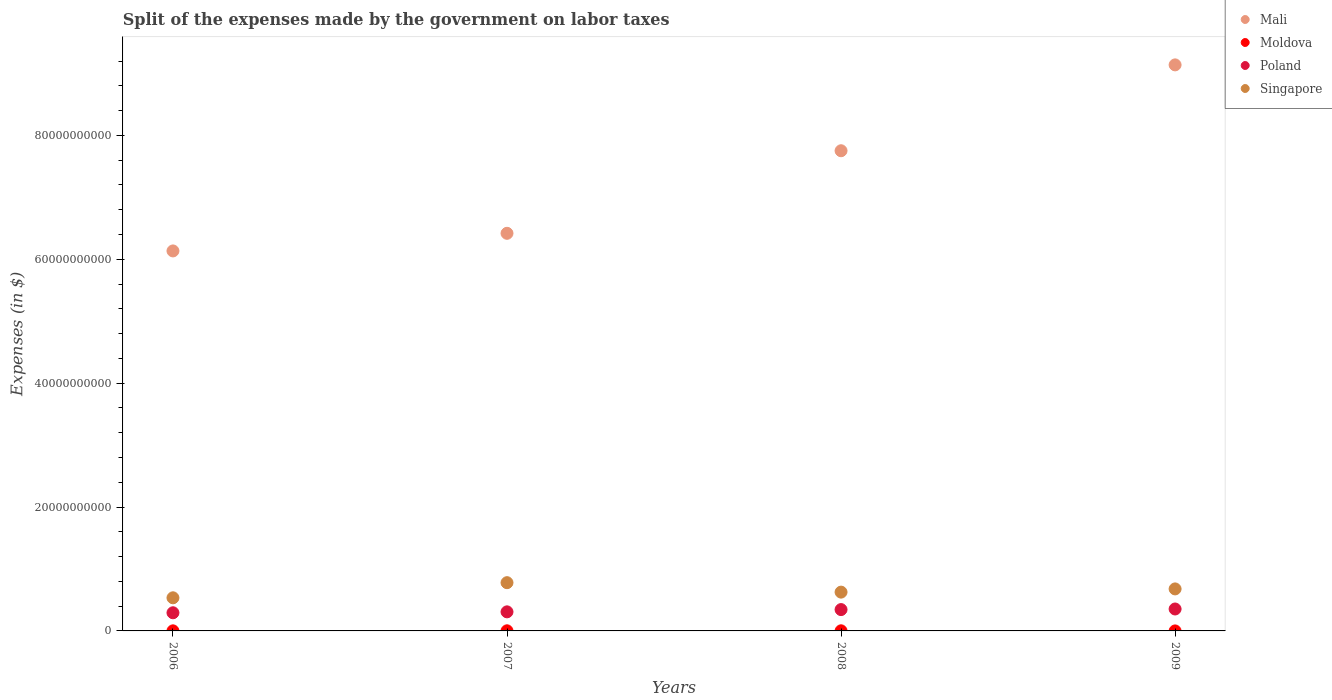
| Years | Mali | Moldova | Poland | Singapore |
 | --- | --- | --- | --- | --- |
 | 2006 | 6.14e+10 | 1.26e+07 | 2.93e+09 | 5.35e+09 |
 | 2007 | 6.42e+10 | 1.9e+07 | 3.08e+09 | 7.79e+09 |
 | 2008 | 7.75e+10 | 1.86e+07 | 3.44e+09 | 6.26e+09 |
 | 2009 | 9.14e+10 | 5e+05 | 3.54e+09 | 6.78e+09 |